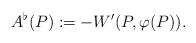
LaTeX: \begin{align*}A^\flat(P):=-W'(P,\varphi(P)).\end{align*}